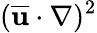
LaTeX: (\overline{{\mathbf{u}}}\cdot\nabla)^{2}